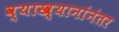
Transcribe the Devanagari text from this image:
व्याख्यानांनंतर